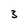
Character: 3